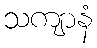
သကျာနံ